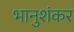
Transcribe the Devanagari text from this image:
भानुशंकर